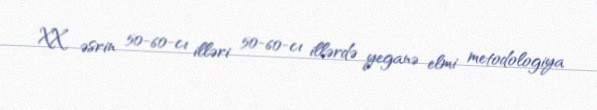
XX əsrin 50-60-cı illəri 50-60-cı illərdə yeganə elmi metodologiya